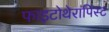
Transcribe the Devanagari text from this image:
फाइटोथेरापिस्ट